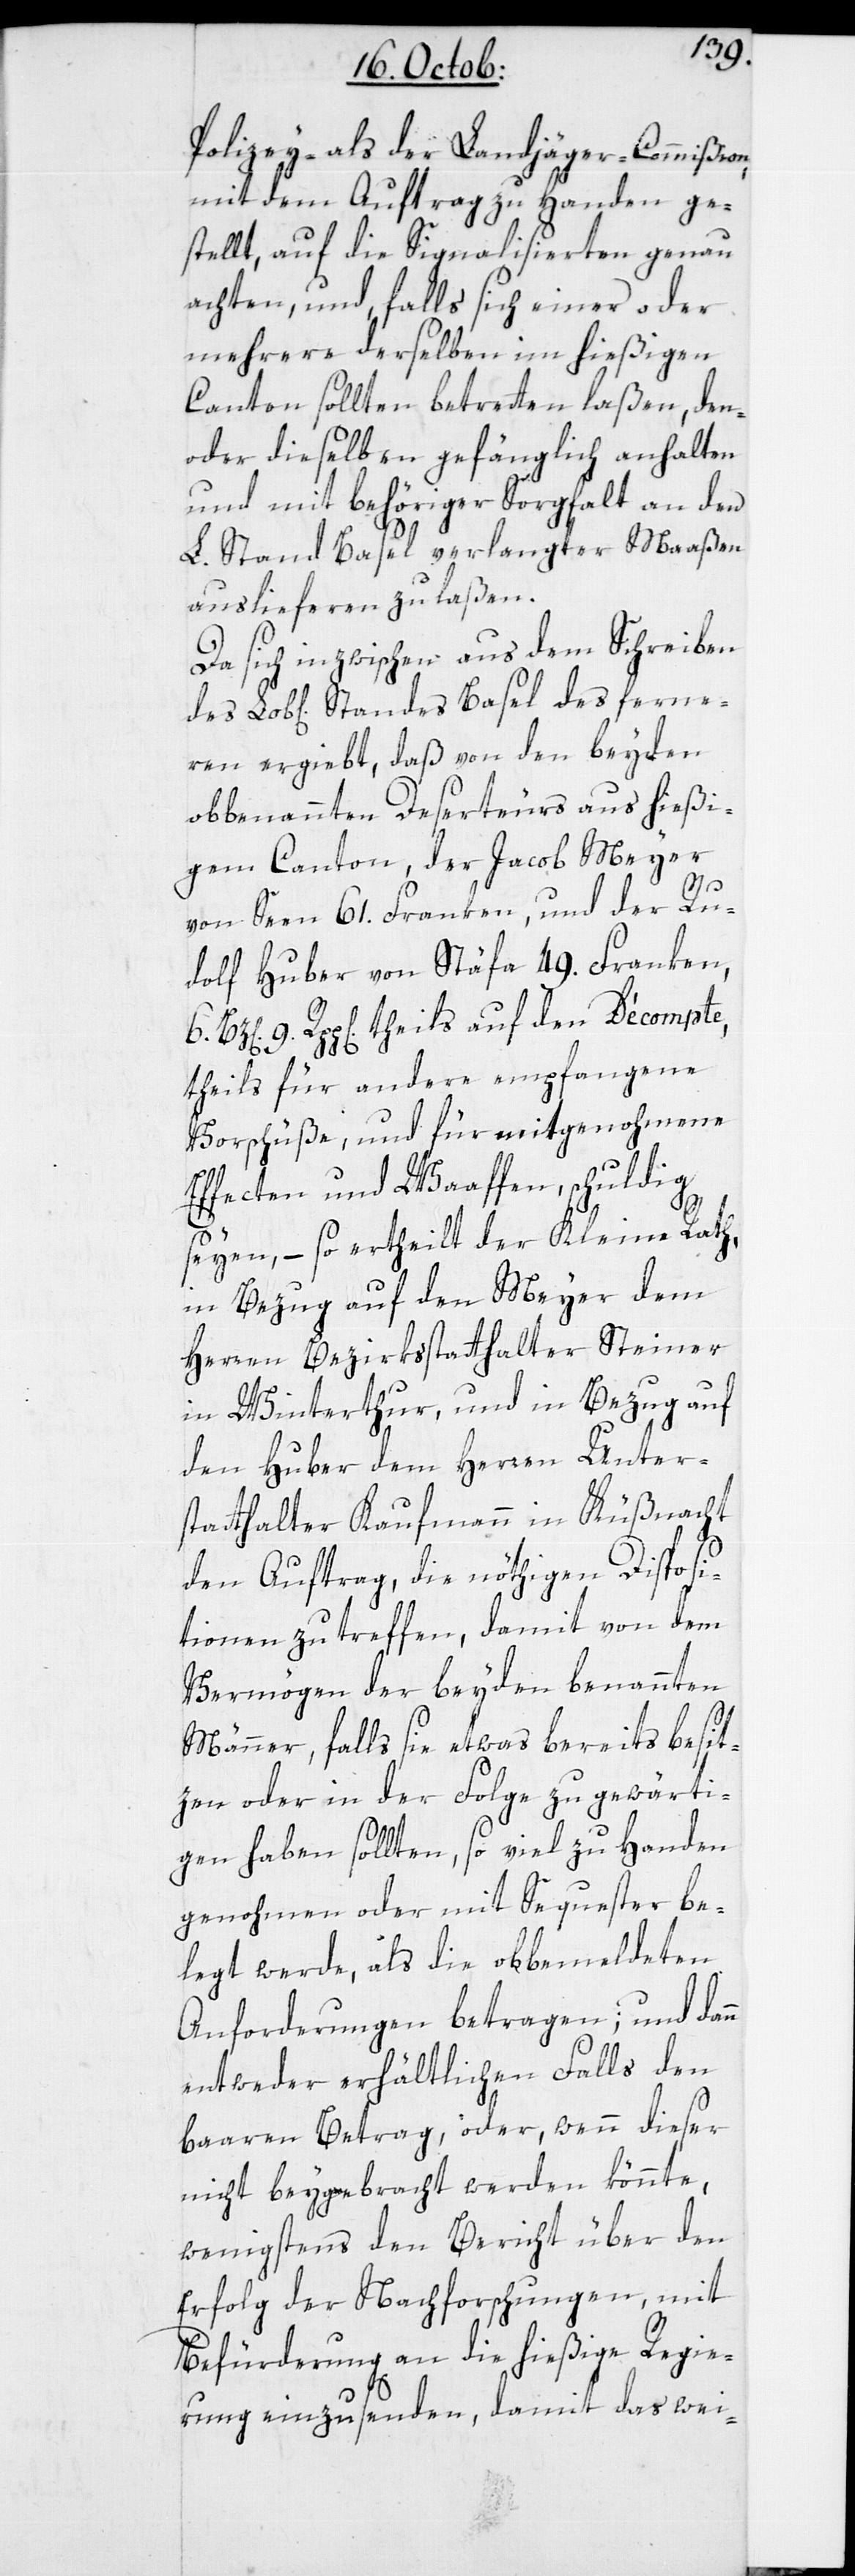
Polizey- als der Landjäger-Commißion
mit dem Auftrag zu Handen ge¬
stellt, auf die Signalisierten genau
achten, und falls sich einer oder
mehrere derselben im hießigen
Canton sollten betretten laßen, den-
oder dieselben gefänglich anhalten
und mit behöriger Sorgfalt an den
L. Stand Basel verlangter Maaßen
auslieferen zu laßen.
Da sich inzwischen aus dem Schreiben
eren ergiebt, daß von den beyden
obbenannten Deserteurs aus hießi¬
gem Canton, der Jacob Meyer
fern¬
von Seen 61. Franken, und der Ru¬
dolf Huber von Stäfa 49. Franken,
9. Rpp[en]. theils auf dem Décompte,
theils für andere empfangene
Vorschüße, und für mitgenohmene
Effecten und Waaffen, schuldig
seyen, – so ertheilt der Kleine Rath,
in Bezug auf den Meyer dem
Herren Bezirksstatthalter Steiner
in Winterthur, und in Bezug auf
den Huber dem Herren Unter¬
statthalter Kaufmann in Küßnacht
den Auftrag, die nöthigen Disposi¬
tionen zu treffen, damit von dem
Vermögen der beyden benannten
Männer, falls sie etwas bereits besit¬
zen oder in der Folge zu gewärti¬
gen haben sollten, so viel zu Handen
genohmen oder mit Sequester be¬
legt werde, als die obbemeldeten
Anforderungen betragen; und dann
entweder erhältlichen Falls den
baaren Betrag, oder, wenn dieser
nicht beygebracht werden könnte,
wenigstens den Bericht über den
Erfolg der Nachforschungen, mit
Befürderung an die hießige Regie¬
rung einzusenden, damit das wei-